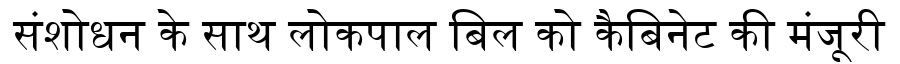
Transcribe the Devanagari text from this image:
संशोधन के साथ लोकपाल बिल को कैबिनेट की मंजूरी